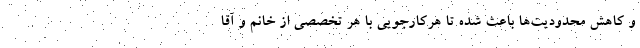
و کاهش محدودیت‌ها باعث شده تا هرکارجویی با هر تخصصی از خانم و آقا